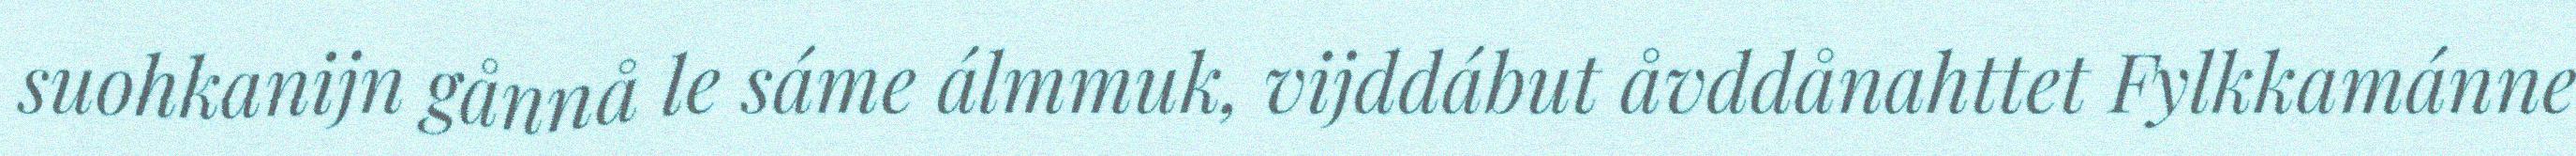
suohkanijn gånnå le sáme álmmuk, vijddábut åvddånahttet Fylkkamánne